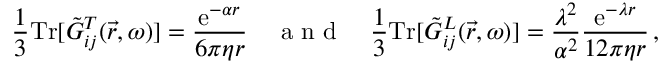
\frac { 1 } { 3 } \mathrm { T r } [ \Tilde { G } _ { i j } ^ { T } ( \vec { r } , \omega ) ] = \frac { \mathrm { e } ^ { - \alpha r } } { 6 \pi \eta r } \quad \mathrm { ~ a ~ n ~ d ~ } \quad \frac { 1 } { 3 } \mathrm { T r } [ \Tilde { G } _ { i j } ^ { L } ( \vec { r } , \omega ) ] = \frac { \lambda ^ { 2 } } { \alpha ^ { 2 } } \frac { \mathrm { e } ^ { - \lambda r } } { 1 2 \pi \eta r } \, ,